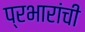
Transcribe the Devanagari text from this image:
प्रभारांची